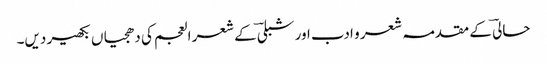
حالیؔ کے مقدمہ شعر و ادب اور شبلیؔ کے شعر العجم کی دھجیاں بکھیر دیں۔